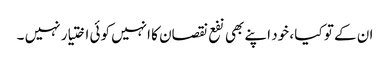
ان کے تو کیا ، خود اپنے بھی نفع نقصان کا انہیں کوئی اختیار نہیں ۔